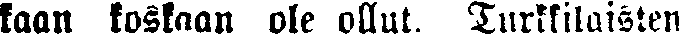
kaan koskaan ole ollut, Turkkilaisten